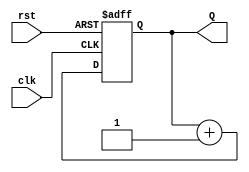
module binary_counter (
    input wire clk,      // Clock input
    input wire rst,      // Asynchronous reset (active high)
    output reg [3:0] Q   // 4-bit output for the counter
);

// Sequential logic for the counter
always @(posedge clk or posedge rst) begin
    if (rst) begin
        Q <= 4'b0000; // Reset the counter to 0000
    end else begin
        Q <= Q + 1'b1; // Increment the counter
    end
end

endmodule